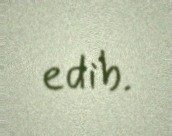
edib.